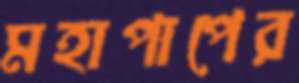
মহাপাপের